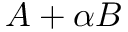
A + \alpha B